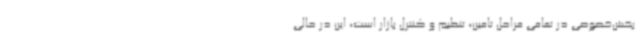
بخش‌خصوصی در تمامی مراحل تامین، تنظیم و کنترل بازار است، این در حالی